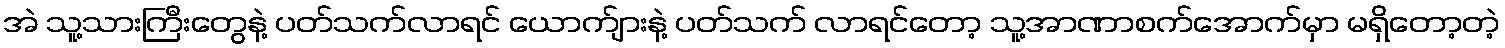
အဲ သူ့သားကြီးတွေနဲ့ ပတ်သက်လာရင် ယောက်ျားနဲ့ ပတ်သက် လာရင်တော့ သူ့အာဏာစက်အောက်မှာ မရှိတော့တဲ့